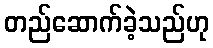
တည်ဆောက်ခဲ့သည်ဟု